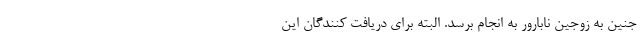
جنین به زوجین نابارور به انجام برسد. البته برای دریافت کنندگان این